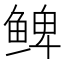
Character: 𲍕